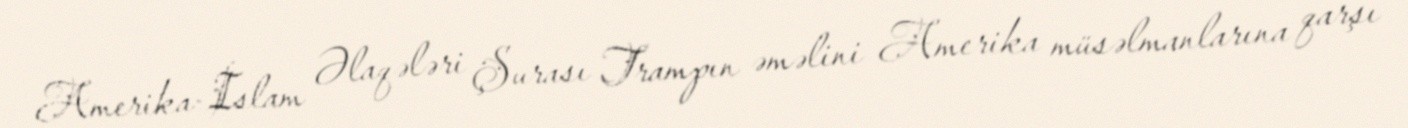
Amerika-İslam Əlaqələri Şurası Trampın əməlini Amerika müsəlmanlarına qarşı